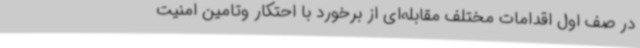
در صف اول اقدامات مختلف مقابله‌ای از برخورد با احتکار وتامین امنیت